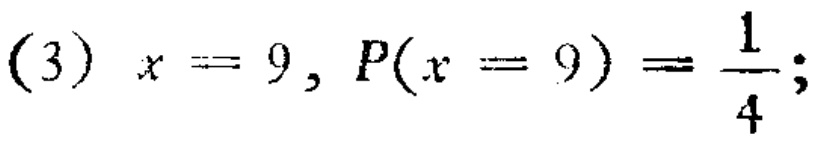
(3) \(x = 9, P(x = 9)=\frac{1}{4};\)